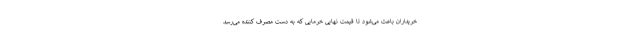
خریداران باعث می‌شود تا قیمت نهایی خرمایی که به دست مصرف کننده می‌رسد